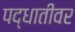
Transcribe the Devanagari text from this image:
पद्धातीवर